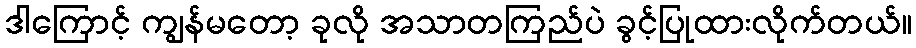
ဒါကြောင့် ကျွန်မတော့ ခုလို အသာတကြည်ပဲ ခွင့်ပြုထားလိုက်တယ်။